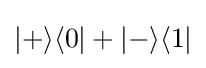
|+\rangle \langle 0|+|-\rangle \langle 1|